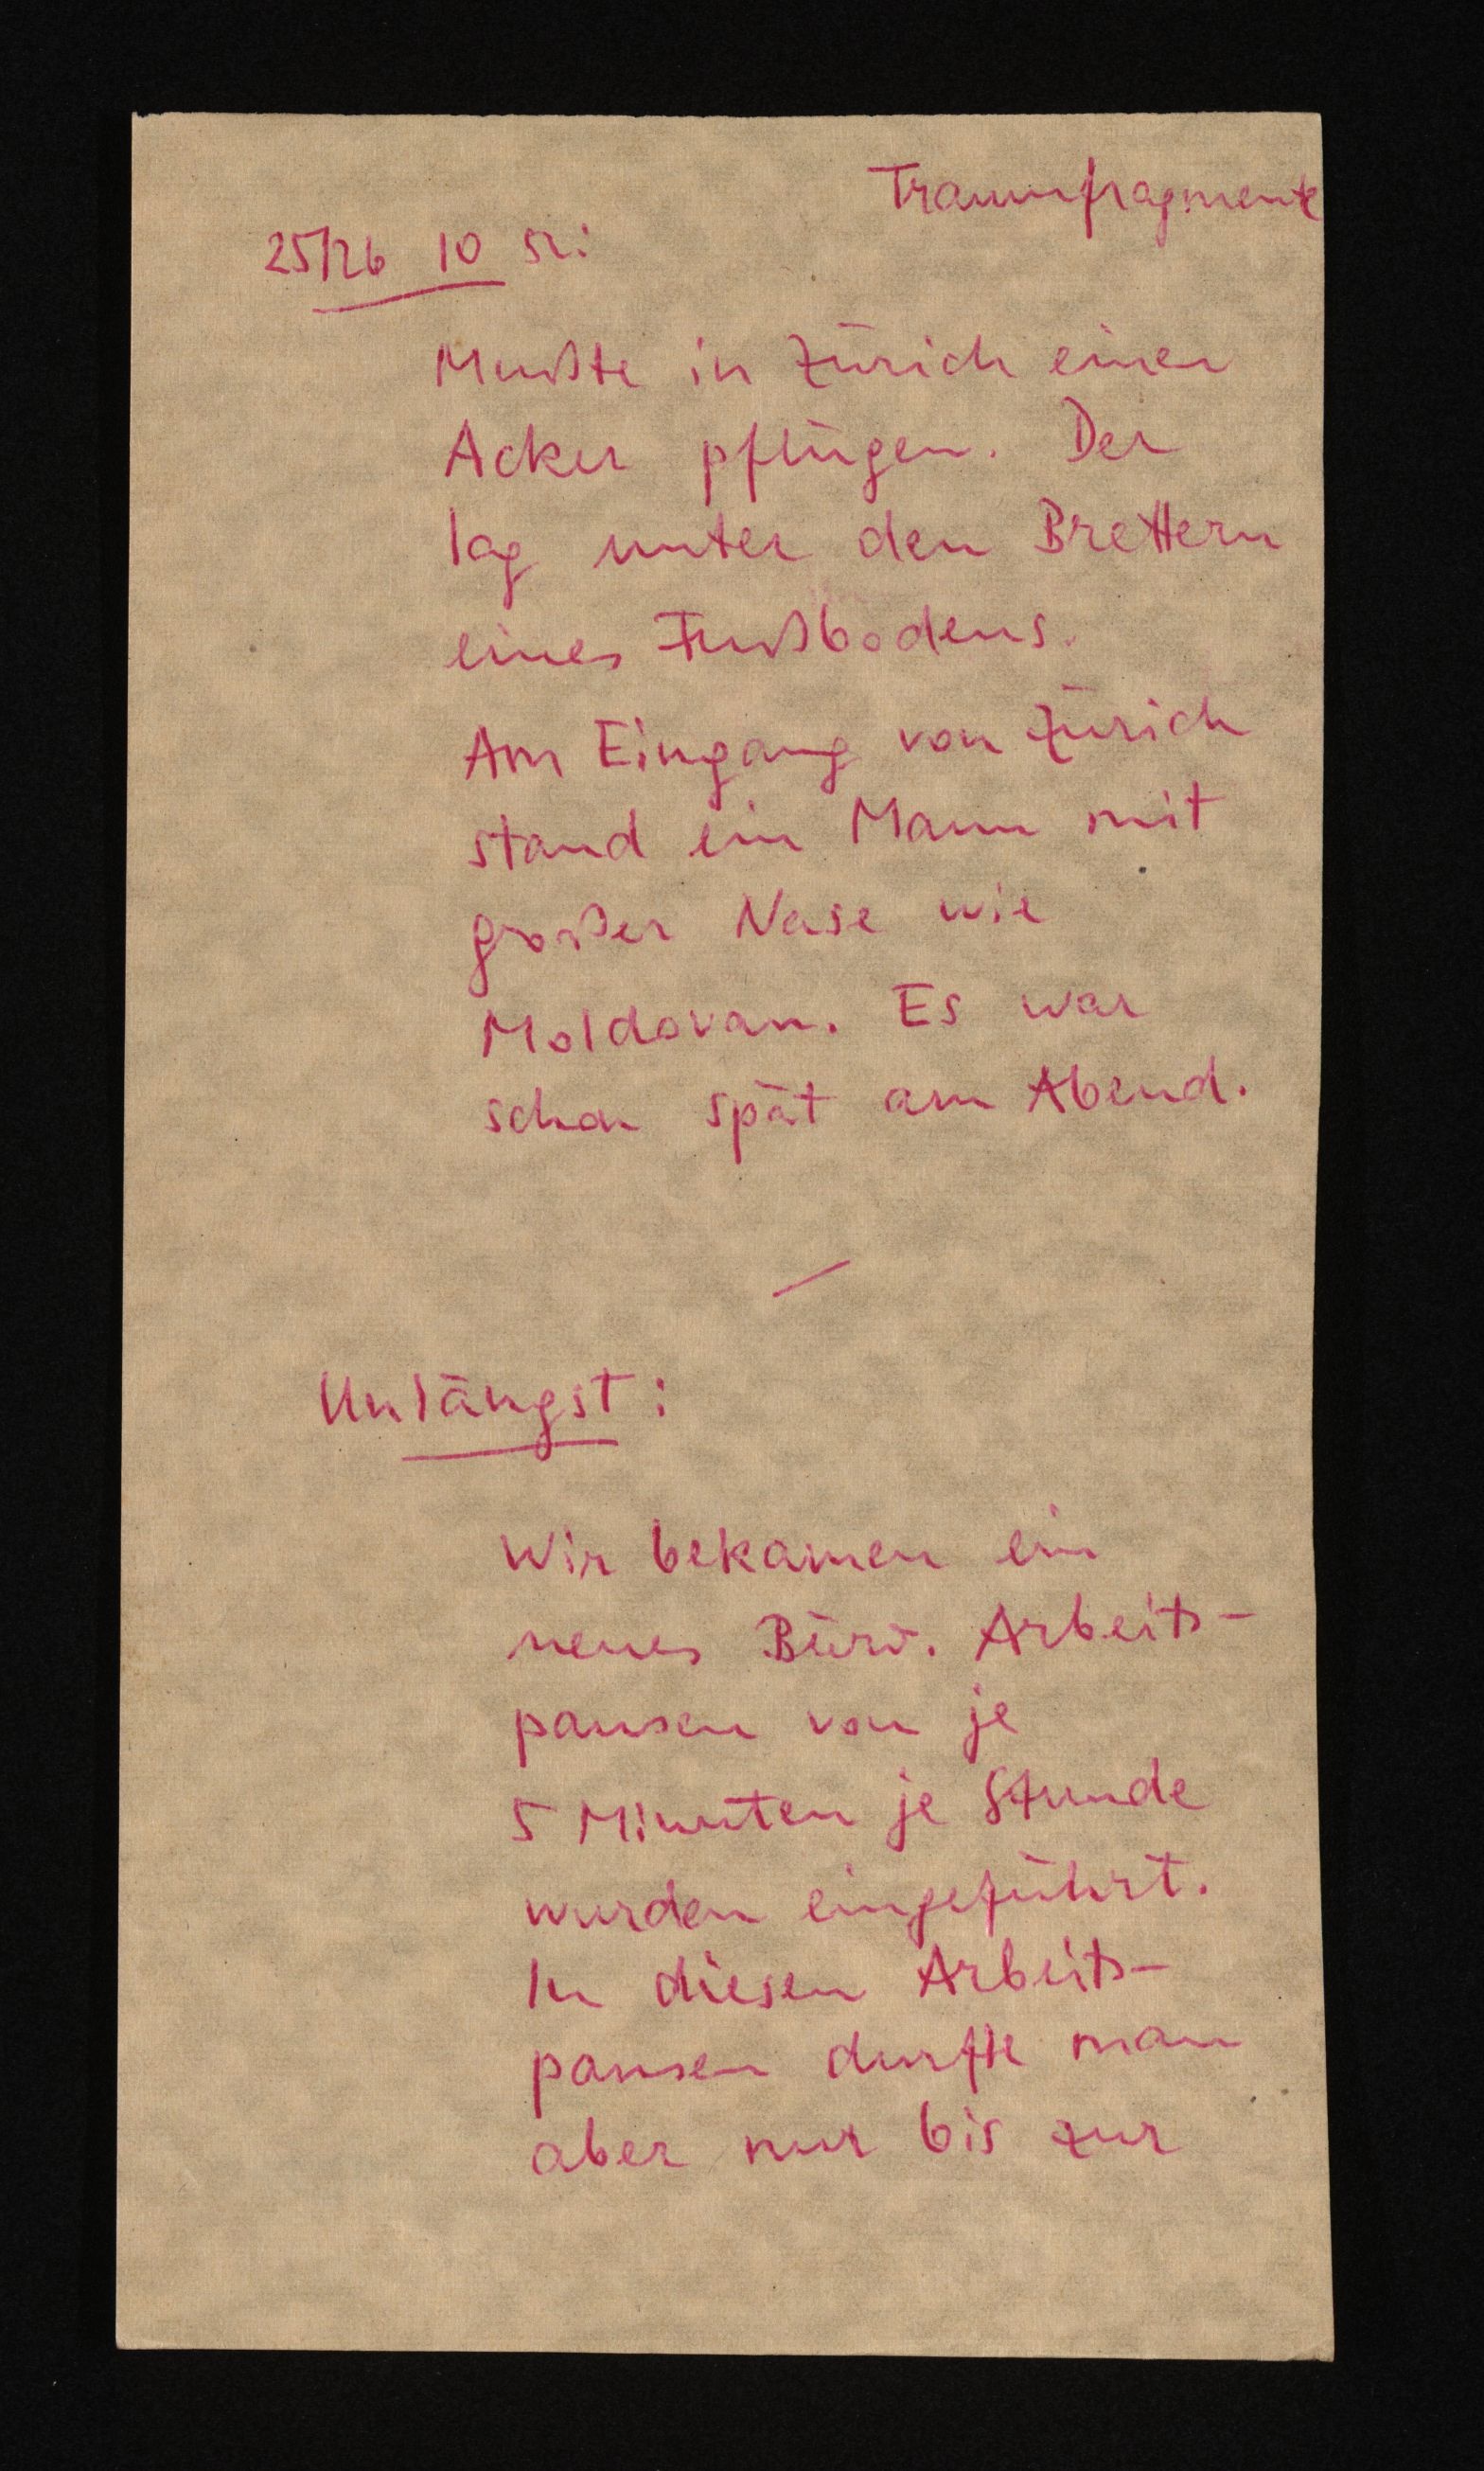
Traumfragmente
25/26 10 52:
Mußte in Zürich einen
Acker pflügen. Der
lag unter den Brettern
eines Fußbodens.
Am Eingang von Zürich
stand ein Mann mit
großer Nase wie
Moldovan. Es war
schon spät am Abend.
Unlängst:
Wir bekamen ein
neues Büro. Arbeits¬
pausen von je
5 Minuten je Stunde
wurden eingeführt.
In diesen Arbeits¬
pausen durfte man
aber nur bis zur